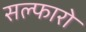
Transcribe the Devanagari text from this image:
सल्फारो